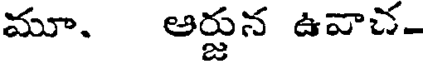
మూ. ఆర్జున ఉవాచ-